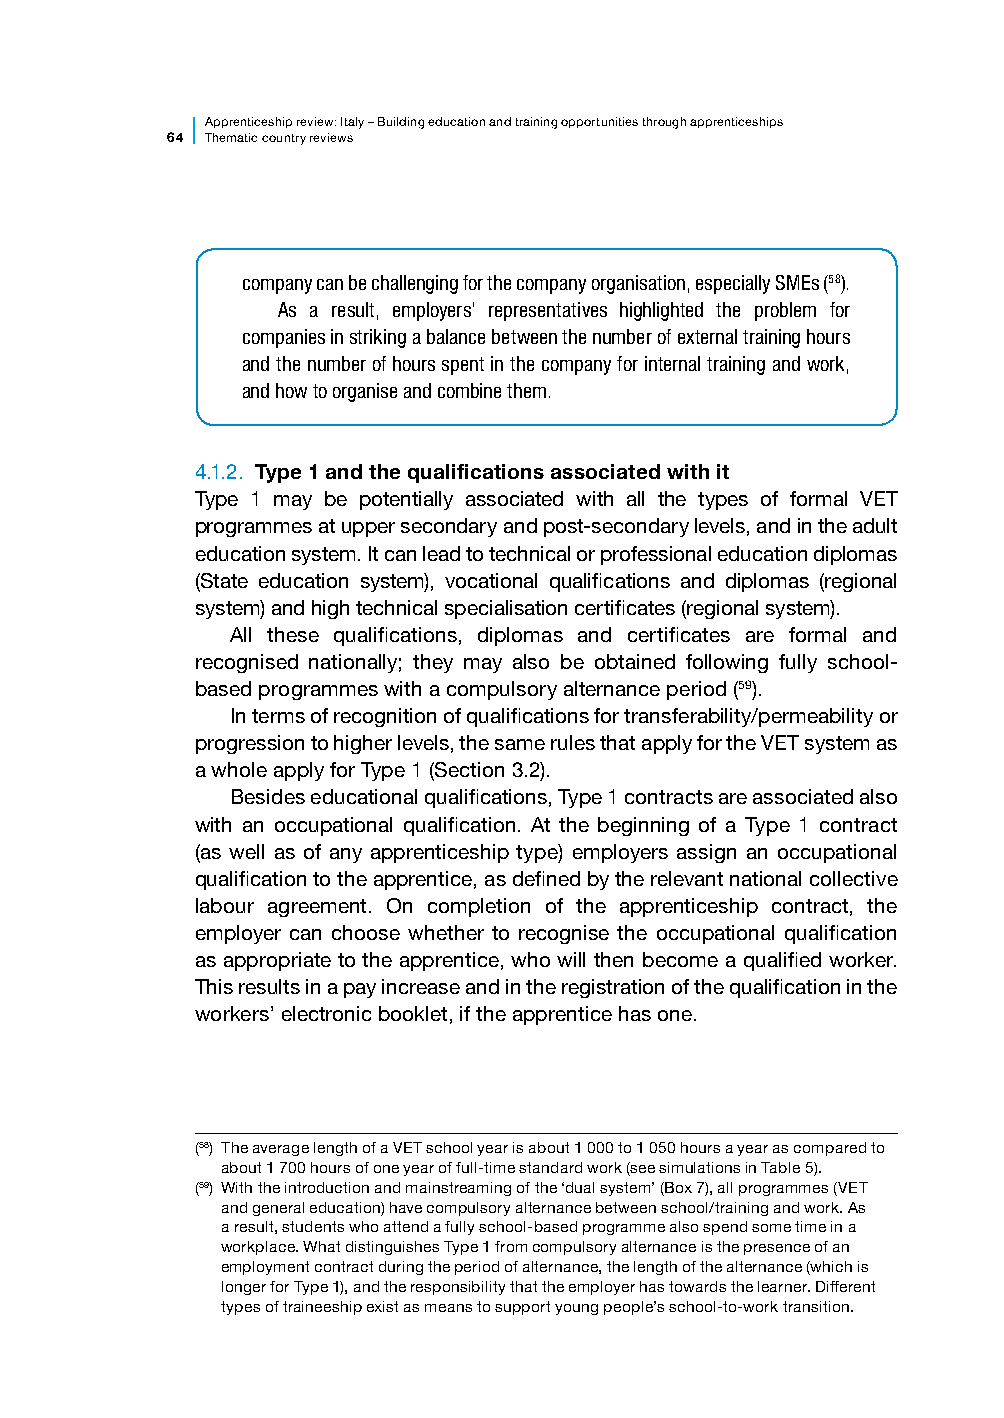
Apprenticesh ip review: Italy – Building education and training opportunities through apprenticeships
 64 Thematic country reviews
 company can be challenging for the company organisation, especially SMEs (58).
 As a result, employers’ representatives highlighted the problem for
 companies in striking a balance between the number of external training hours
 and the number of hours spent in the company for internal training and work,
 and how to organise and combine them.
 4.1.2. Type 1 and the qualifications associated with it
 Type 1 may be potentially associated with all the types of formal VET
 programmes at upper secondary and post-secondary levels, and in the adult
 education system. It can lead to technical or professional education diplomas
 (State education system), vocational qualifications and diplomas (regional
 system) and high technical specialisation certificates (regional system).
 All these qualifications, diplomas and certificates are formal and
 recognised nationally; they may also be obtained following fully school-
 based programmes with a compulsory alternance period (59).
 In terms of recognition of qualifications for transferability/permeability or
 progression to higher levels, the same rules that apply for the VET system as
 a whole apply for Type 1 (Section 3.2).
 Besides educational qualifications, Type 1 contracts are associated also
 with an occupational qualification. At the beginning of a Type 1 contract
 (as well as of any apprenticeship type) employers assign an occupational
 qualification to the apprentice, as defined by the relevant national collective
 labour agreement. On completion of the apprenticeship contract, the
 employer can choose whether to recognise the occupational qualification
 as appropriate to the apprentice, who will then become a qualified worker.
 This results in a pay increase and in the registration of the qualification in the
 workers’ electronic booklet, if the apprentice has one.
 (58) The average length of a VET school year is about 1 000 to 1 050 hours a year as compared to
 about 1 700 hours of one year of full-time standard work (see simulations in Table 5).
 (59) With the introduction and mainstreaming of the ‘dual system’ (Box 7), all programmes (VET
 and general education) have compulsory alternance between school/training and work. As
 a result, students who attend a fully school-based programme also spend some time in a
 workplace. What distinguishes Type 1 from compulsory alternance is the presence of an
 employment contract during the period of alternance, the length of the alternance (which is
 longer for Type 1), and the responsibility that the employer has towards the learner. Different
 types of traineeship exist as means to support young people’s school-to-work transition.